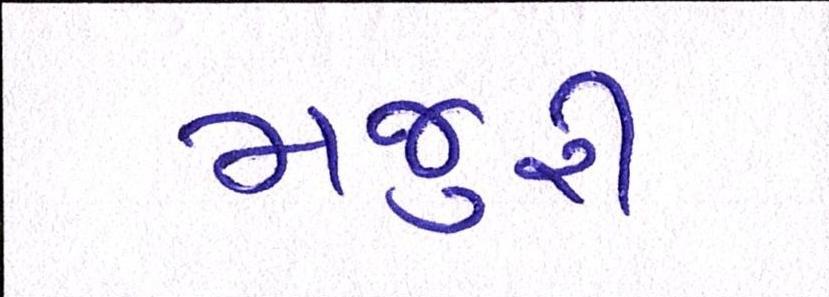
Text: મજુરી